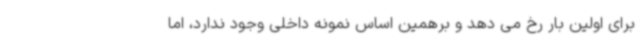
برای اولین بار رخ می دهد و برهمین اساس نمونه داخلی وجود ندارد، اما